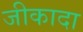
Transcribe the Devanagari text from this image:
जीकादा